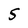
Character: S